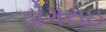
ડોગરાઇ